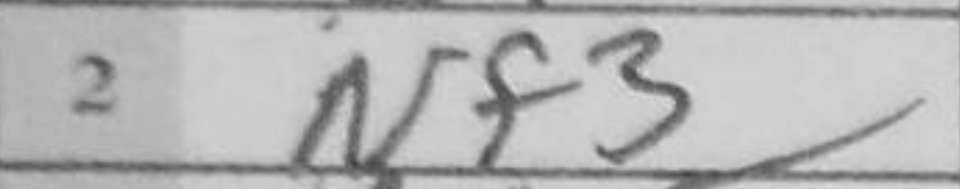
Transcription: Nf3